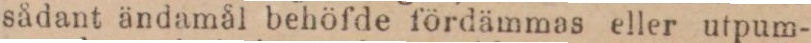
sådant ändamål behöfde fördämmas eller utpum-